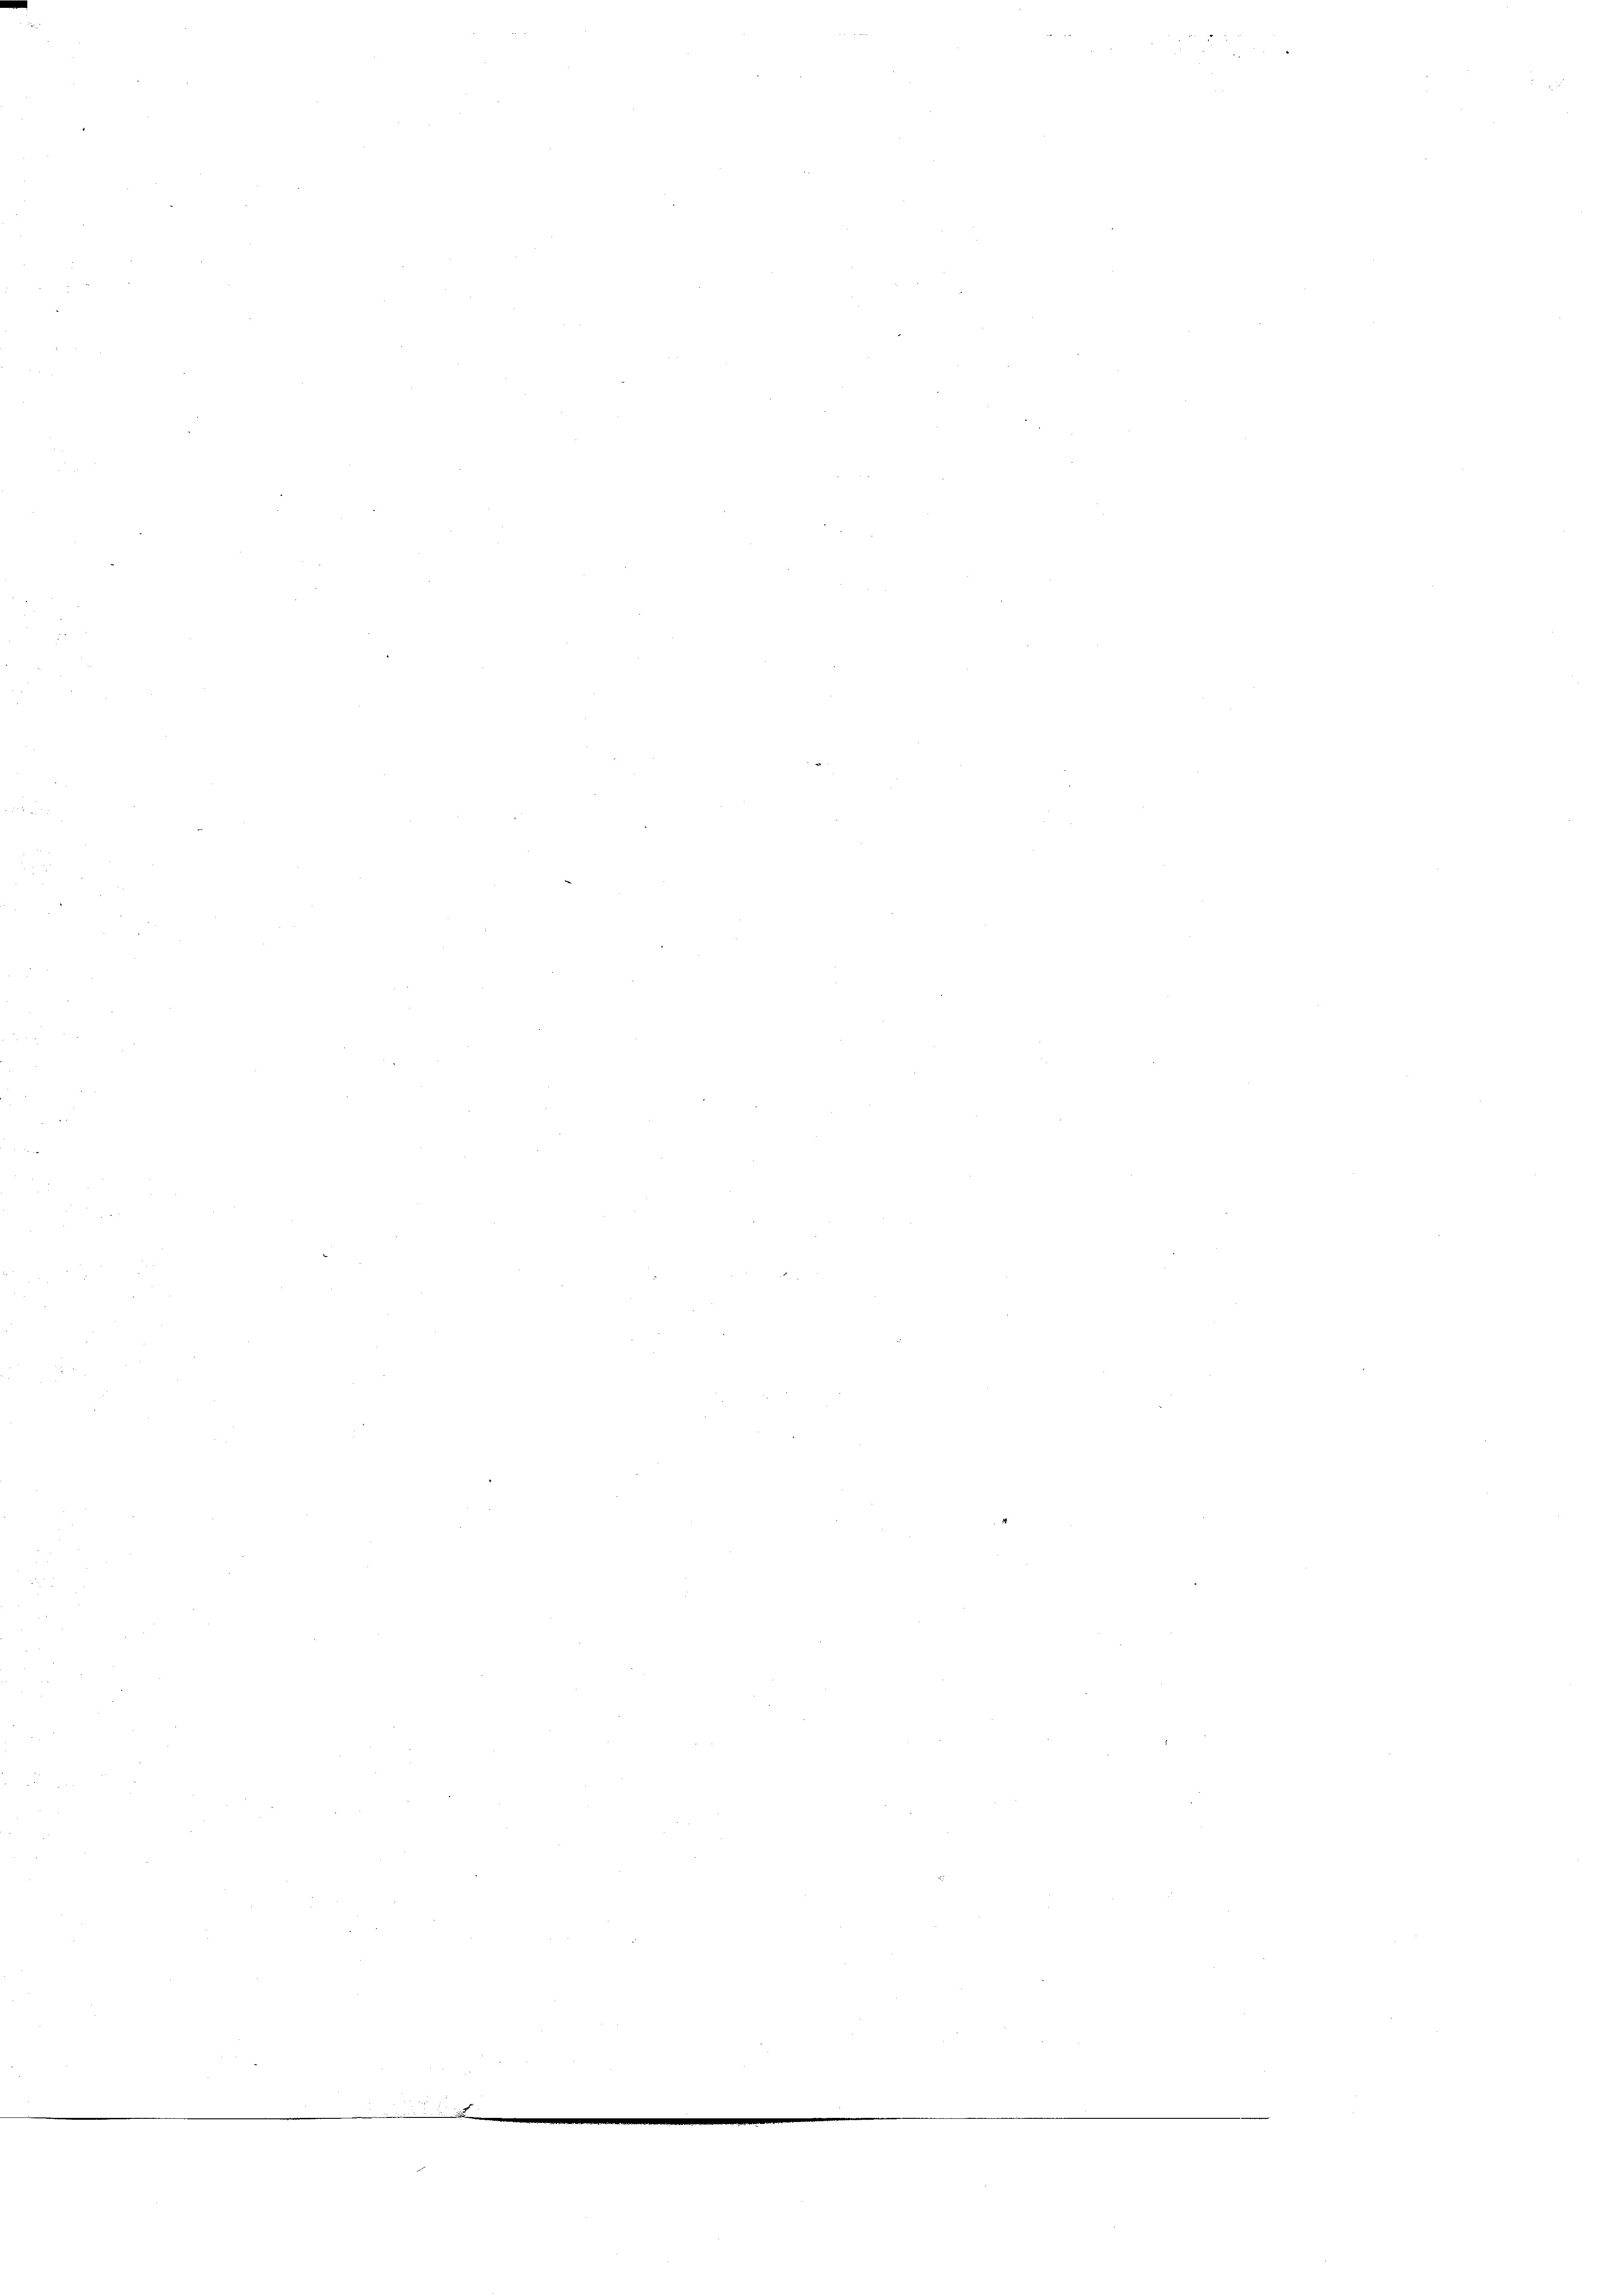
t

e

¬

n